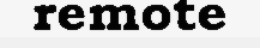
remote